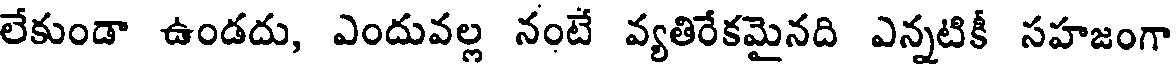
లేకుండా ఉండదు, ఎందువల్ల నంటే వ్యతిరేకమైనది ఎన్నటికీ సహజంగా